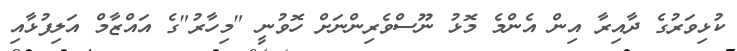
ކުޅިވަރުގެ ދާއިރާ އިން އެންމެ މޮޅު ނޫސްވެރިންނަށް ހޮވުނީ "މިހާރު"ގެ އައްޒާމް އަލިފުޅާއި